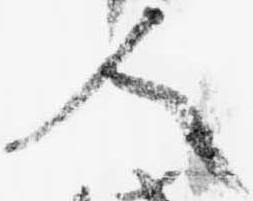
人